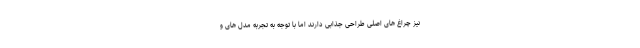
نیز چراغ های اصلی طراحی جذابی دارند اما با توجه به تجربه مدل های و